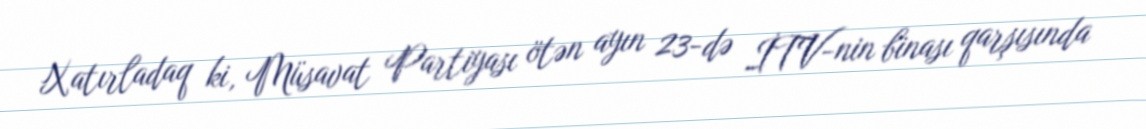
Xatırladaq ki, Müsavat Partiyası ötən ayın 23-də İTV-nin binası qarşısında